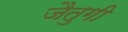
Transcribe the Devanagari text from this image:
जैतुगी